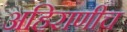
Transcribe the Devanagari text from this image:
अहिराणीच